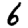
Digit: 6